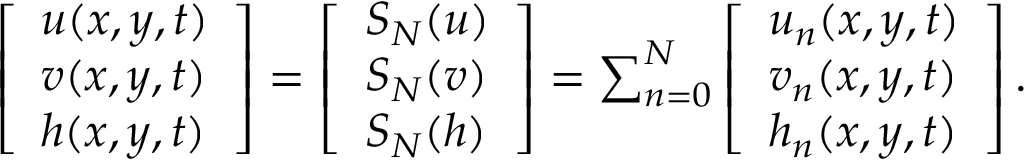
\begin{array} { r } { \left[ \begin{array} { l } { u ( x , y , t ) } \\ { v ( x , y , t ) } \\ { h ( x , y , t ) } \end{array} \right] = \left[ \begin{array} { l } { S _ { N } ( u ) } \\ { S _ { N } ( v ) } \\ { S _ { N } ( h ) } \end{array} \right] = \sum _ { n = 0 } ^ { N } \left[ \begin{array} { l } { u _ { n } ( x , y , t ) } \\ { v _ { n } ( x , y , t ) } \\ { h _ { n } ( x , y , t ) } \end{array} \right] . } \end{array}